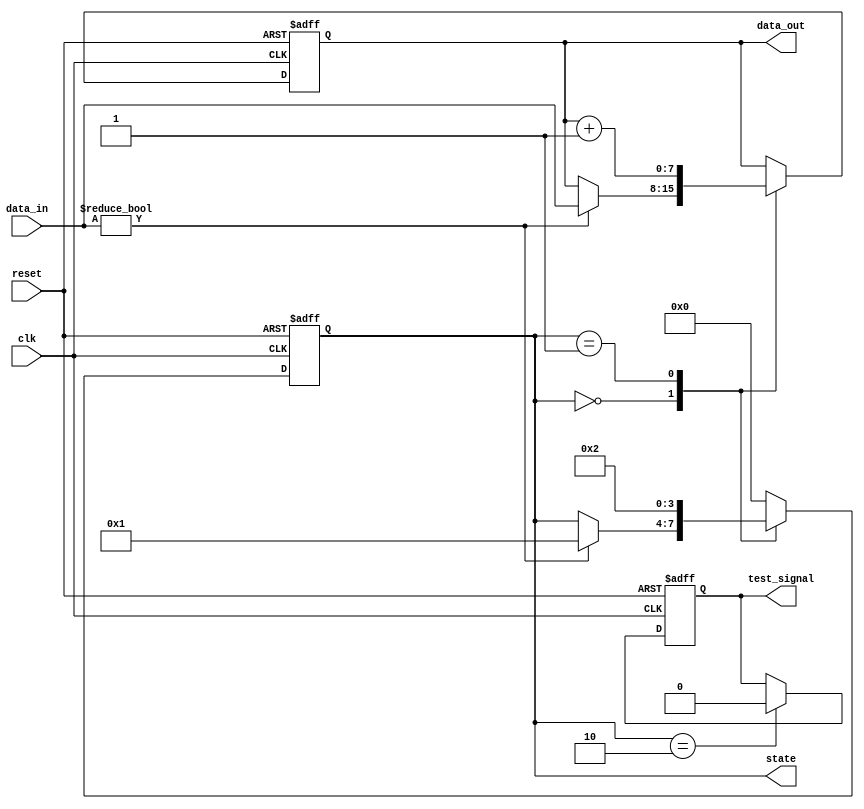
module reset_condition_block (
    input wire clk,                // Clock signal
    input wire reset,              // Active-high reset signal
    input wire [7:0] data_in,      // Example data input signal
    output reg [7:0] data_out,      // Example data output signal
    output reg [3:0] state,         // Internal state variable
    output reg test_signal          // Test signal for debugging
);

    // Define states
    localparam STATE_IDLE = 4'b0000;
    localparam STATE_PROCESS = 4'b0001;
    localparam STATE_DONE = 4'b0010;

    // Initial state
    initial begin
        state = STATE_IDLE;
        data_out = 8'b0;
        test_signal = 1'b0;
    end

    // Synchronous reset behavior
    always @(posedge clk or posedge reset) begin
        if (reset) begin
            // Reset condition: set state and outputs to initial values
            state <= STATE_IDLE;
            data_out <= 8'b0;
            test_signal <= 1'b1; // Indicate reset occurred
        end else begin
            // Normal operation: process input data and update state
            case (state)
                STATE_IDLE: begin
                    if (data_in != 8'b0) begin
                        state <= STATE_PROCESS;
                        data_out <= data_in; // Example processing
                    end
                end
                
                STATE_PROCESS: begin
                    // Example processing logic
                    data_out <= data_out + 1; // Increment output for demonstration
                    state <= STATE_DONE; // Move to done state
                end
                
                STATE_DONE: begin
                    // Example logic after processing
                    test_signal <= 1'b0; // Reset test signal
                    state <= STATE_IDLE; // Go back to idle state
                end
                
                default: begin
                    state <= STATE_IDLE; // Fallback to idle state
                end
            endcase
        end
    end

endmodule